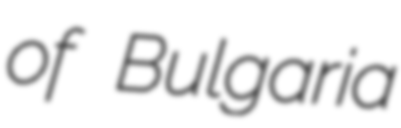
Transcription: of Bulgaria